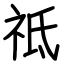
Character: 祗